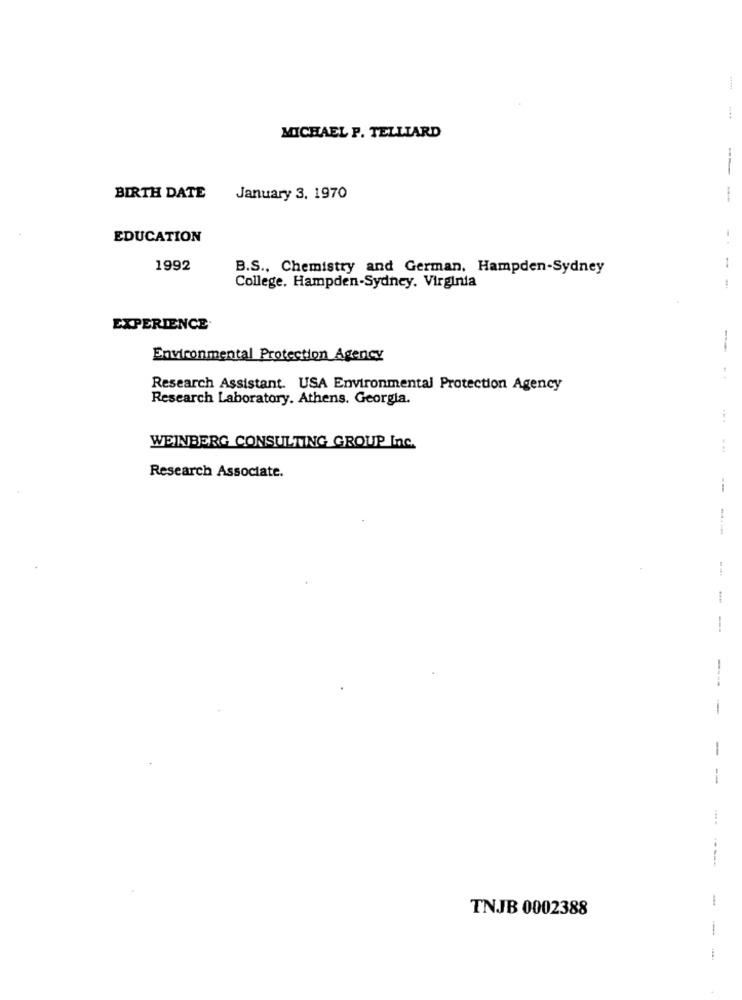
MICHAEL P. TELLIARD
BIRTH DATE
January 3, 1970
---
EDUCATION
1992
B.S ., Chemistry and German. Hampden-Sydney
College. Hampden-Sydney. Virginia
EXPERIENCE
Environmental Protection Agency
Research Assistant. USA Environmental Protection Agency
Research Laboratory. Athens. Georgia.
WEINBERG CONSULTING GROUP Inc.
Research Associate.
--
---
--
----
-
TNJB 0002388